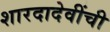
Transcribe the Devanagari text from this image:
शारदादेवींची